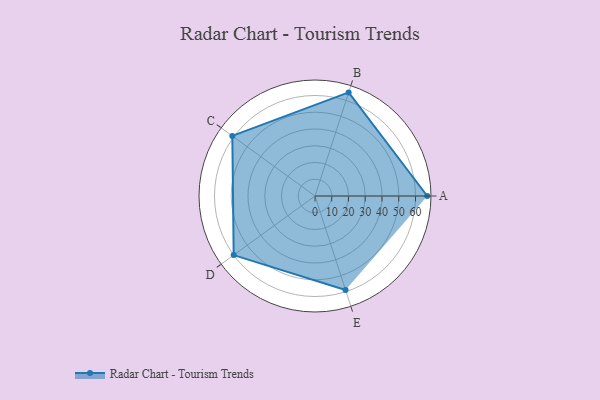
{"axis": {"x": "Skill", "y": "Score"}, "legend": ["Profile"], "data": [{"x": "A", "y": 67.0, "type": "Profile"}, {"x": "B", "y": 65.0, "type": "Profile"}, {"x": "C", "y": 61.0, "type": "Profile"}, {"x": "D", "y": 60.0, "type": "Profile"}, {"x": "E", "y": 59.0, "type": "Profile"}]}